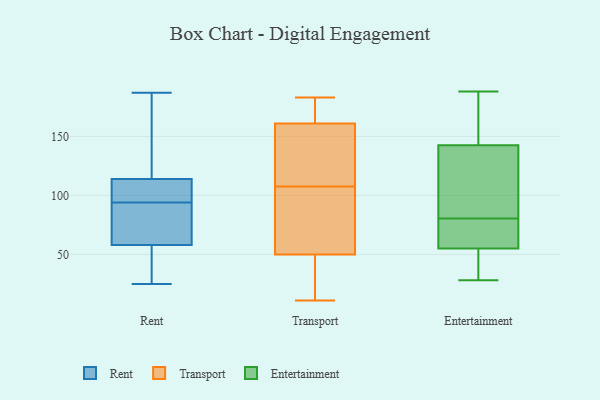
{"axis": {"x": "Budget (USD K)", "y": "Value"}, "legend": ["Entertainment", "Rent", "Transport"], "data": [{"x": "", "y": 108, "type": "Rent"}, {"x": "", "y": 187, "type": "Rent"}, {"x": "", "y": 25, "type": "Rent"}, {"x": "", "y": 92, "type": "Rent"}, {"x": "", "y": 169, "type": "Rent"}, {"x": "", "y": 58, "type": "Rent"}, {"x": "", "y": 37, "type": "Rent"}, {"x": "", "y": 34, "type": "Rent"}, {"x": "", "y": 114, "type": "Rent"}, {"x": "", "y": 59, "type": "Rent"}, {"x": "", "y": 103, "type": "Rent"}, {"x": "", "y": 177, "type": "Rent"}, {"x": "", "y": 96, "type": "Rent"}, {"x": "", "y": 75, "type": "Rent"}, {"x": "", "y": 59, "type": "Transport"}, {"x": "", "y": 177, "type": "Transport"}, {"x": "", "y": 138, "type": "Transport"}, {"x": "", "y": 140, "type": "Transport"}, {"x": "", "y": 161, "type": "Transport"}, {"x": "", "y": 38, "type": "Transport"}, {"x": "", "y": 97, "type": "Transport"}, {"x": "", "y": 118, "type": "Transport"}, {"x": "", "y": 41, "type": "Transport"}, {"x": "", "y": 48, "type": "Transport"}, {"x": "", "y": 124, "type": "Transport"}, {"x": "", "y": 170, "type": "Transport"}, {"x": "", "y": 81, "type": "Transport"}, {"x": "", "y": 170, "type": "Transport"}, {"x": "", "y": 96, "type": "Transport"}, {"x": "", "y": 50, "type": "Transport"}, {"x": "", "y": 11, "type": "Transport"}, {"x": "", "y": 183, "type": "Transport"}, {"x": "", "y": 74, "type": "Entertainment"}, {"x": "", "y": 118, "type": "Entertainment"}, {"x": "", "y": 37, "type": "Entertainment"}, {"x": "", "y": 80, "type": "Entertainment"}, {"x": "", "y": 174, "type": "Entertainment"}, {"x": "", "y": 60, "type": "Entertainment"}, {"x": "", "y": 147, "type": "Entertainment"}, {"x": "", "y": 43, "type": "Entertainment"}, {"x": "", "y": 138, "type": "Entertainment"}, {"x": "", "y": 153, "type": "Entertainment"}, {"x": "", "y": 53, "type": "Entertainment"}, {"x": "", "y": 154, "type": "Entertainment"}, {"x": "", "y": 77, "type": "Entertainment"}, {"x": "", "y": 81, "type": "Entertainment"}, {"x": "", "y": 37, "type": "Entertainment"}, {"x": "", "y": 108, "type": "Entertainment"}, {"x": "", "y": 127, "type": "Entertainment"}, {"x": "", "y": 188, "type": "Entertainment"}, {"x": "", "y": 57, "type": "Entertainment"}, {"x": "", "y": 28, "type": "Entertainment"}]}